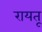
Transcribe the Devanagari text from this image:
रायतू